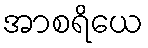
အာစရိယေ